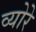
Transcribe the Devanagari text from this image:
व्योरे